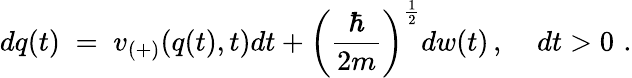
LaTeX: dq(t)\; =\; v_{(+)}(q(t),t)dt+\left(\frac{\hbar}{2m}\right)^{\frac{1}{2}}dw(t)\, ,\; \; \; \; dt>0\, \, .